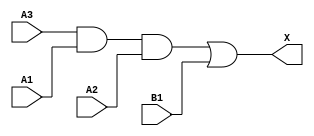
/*
 * Copyright 2020 The SkyWater PDK Authors
 *
 * Licensed under the Apache License, Version 2.0 (the "License");
 * you may not use this file except in compliance with the License.
 * You may obtain a copy of the License at
 *
 *     https://www.apache.org/licenses/LICENSE-2.0
 *
 * Unless required by applicable law or agreed to in writing, software
 * distributed under the License is distributed on an "AS IS" BASIS,
 * WITHOUT WARRANTIES OR CONDITIONS OF ANY KIND, either express or implied.
 * See the License for the specific language governing permissions and
 * limitations under the License.
 *
 * SPDX-License-Identifier: Apache-2.0
*/


`ifndef SKY130_FD_SC_HDLL__A31O_BEHAVIORAL_V
`define SKY130_FD_SC_HDLL__A31O_BEHAVIORAL_V

/**
 * a31o: 3-input AND into first input of 2-input OR.
 *
 *       X = ((A1 & A2 & A3) | B1)
 *
 * Verilog simulation functional model.
 */

`timescale 1ns / 1ps
`default_nettype none

`celldefine
module sky130_fd_sc_hdll__a31o (
    X ,
    A1,
    A2,
    A3,
    B1
);

    // Module ports
    output X ;
    input  A1;
    input  A2;
    input  A3;
    input  B1;

    // Module supplies
    supply1 VPWR;
    supply0 VGND;
    supply1 VPB ;
    supply0 VNB ;

    // Local signals
    wire and0_out ;
    wire or0_out_X;

    //  Name  Output     Other arguments
    and and0 (and0_out , A3, A1, A2     );
    or  or0  (or0_out_X, and0_out, B1   );
    buf buf0 (X        , or0_out_X      );

endmodule
`endcelldefine

`default_nettype wire
`endif  // SKY130_FD_SC_HDLL__A31O_BEHAVIORAL_V